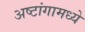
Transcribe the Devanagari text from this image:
अष्टांगामध्ये